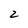
Character: 2